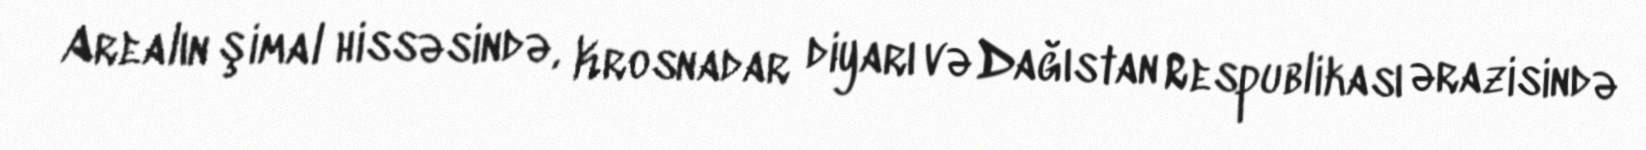
Arealın şimal hissəsində, Krosnadar diyarı və Dağıstan Respublikası ərazisində